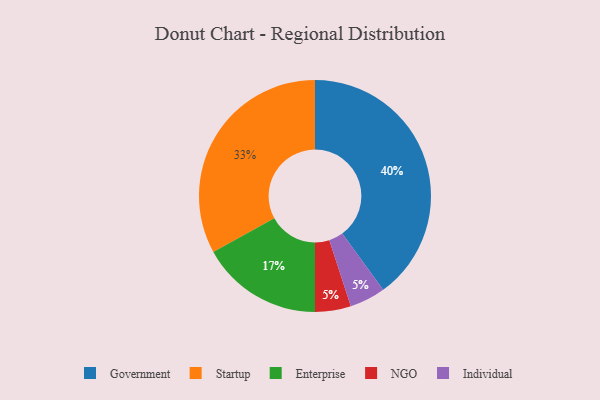
{"axis": {"x": "Category", "y": "Percentage"}, "legend": ["Enterprise", "Government", "Individual", "NGO", "Startup"], "data": [{"x": "NGO", "y": 5, "type": "NGO"}, {"x": "Startup", "y": 33, "type": "Startup"}, {"x": "Government", "y": 40, "type": "Government"}, {"x": "Enterprise", "y": 17, "type": "Enterprise"}, {"x": "Individual", "y": 5, "type": "Individual"}]}